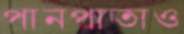
পানপাতাও